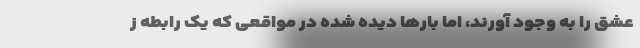
عشق را به وجود آورند، اما بارها دیده شده در مواقعی که یک رابطه‌ ز